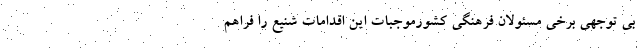
بی توجهی برخی مسئولان فرهنگی کشورموجبات این اقدامات شنیع را فراهم